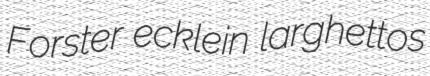
Forster ecklein larghettos